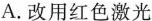
A. 改用红色激光